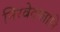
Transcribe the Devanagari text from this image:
निरवेदग्लानि